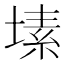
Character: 塐